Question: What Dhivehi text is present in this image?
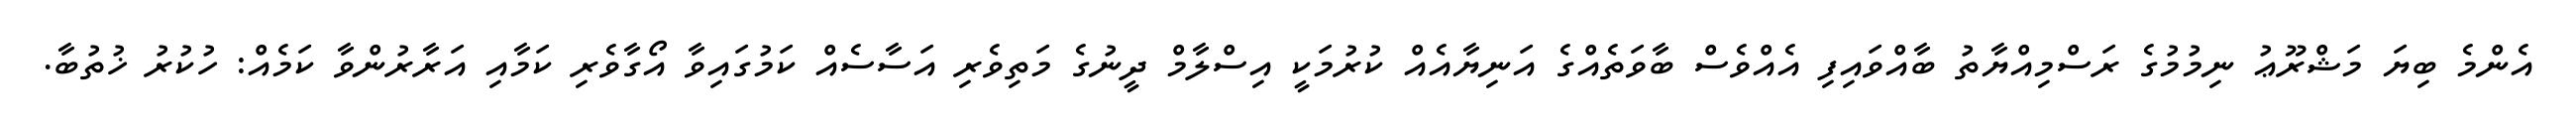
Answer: އެންމެ ބިޔަ މަޝްރޫޢު ނިމުމުގެ ރަސްމިއްޔާތު ބާއްވައިފި އެއްވެސް ބާވަތެއްގެ އަނިޔާއެއް ކުރުމަކީ އިސްލާމް ދީނުގެ މަތިވެރި އަސާސެއް ކަމުގައިވާ އޯގާވެރި ކަމާއި އަރާރުންވާ ކަމެއް: ހުކުރު ޚުތުބާ.